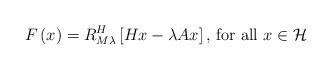
\begin{align*}F\left( x\right) =R_{M\lambda }^{H}\left[ Hx-\lambda Ax\right] \text{, for all }x\in \mathcal{H} \end{align*}